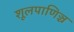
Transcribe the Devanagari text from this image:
शूलपाणिञ्च